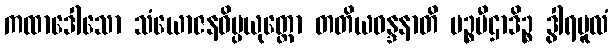
ကထာဒေါသော သံယောဇနဝိပ္ပယုတ္တော တတိယဝန္ဒနာတိ မဉ္စပီဌာဒိဉ္စ ဒွါရမူလံ